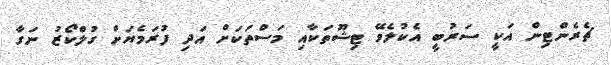
ޗެރެންޓިން އަކީ ސަރުބީ އެކުލެވޭ ޓިޝޫތަކާއި މަސްތަކަށް އަދި ފުރަމެޔަށް ގުލްކޯޒު ނަގާ